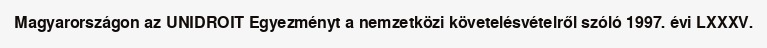
Magyarországon az UNIDROIT Egyezményt a nemzetközi követelésvételről szóló 1997. évi LXXXV.